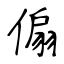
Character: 傓